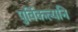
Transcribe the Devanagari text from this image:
पुर्विकल्यनि